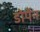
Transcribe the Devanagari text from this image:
डोर्पेन